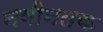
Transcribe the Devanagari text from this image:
नवीनतक